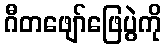
ဂီတဖျော်ဖြေပွဲကို